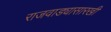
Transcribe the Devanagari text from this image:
राजवाड्यासारखी